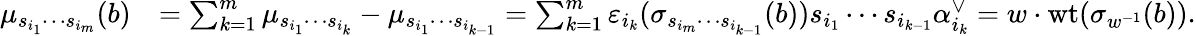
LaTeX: \begin{array}{rl}{\mu_{s_{i_{1}}\cdots s_{i_{m}}}(b)}&{=\sum_{k=1}^{m}\mu_{s_{i_{1}}\cdots s_{i_{k}}}-\mu_{s_{i_{1}}\cdots s_{i_{k-1}}}=\sum_{k=1}^{m}{\varepsilon}_{i_{k}}(\sigma_{s_{i_{m}}\cdots s_{i_{k-1}}}(b))s_{i_{1}}\cdots s_{i_{k-1}}\alpha_{i_{k}}^{\vee}=w\cdot{\operatorname{wt}}(\sigma_{w^{-1}}(b)).}\end{array}